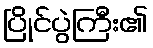
ပြိုင်ပွဲကြီး၏